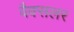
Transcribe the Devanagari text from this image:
वैक्सलर